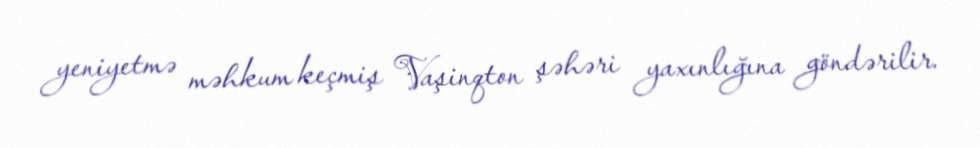
yeniyetmə məhkum keçmiş Vaşinqton şəhəri yaxınlığına göndərilir.